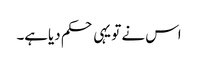
اس نے تو یہی حکم دیاہے۔